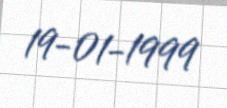
19-01-1999